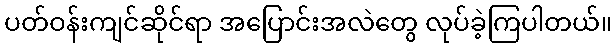
ပတ်ဝန်းကျင်ဆိုင်ရာ အပြောင်းအလဲတွေ လုပ်ခဲ့ကြပါတယ်။